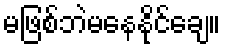
မဖြစ်ဘဲမနေနိုင်ချေ။